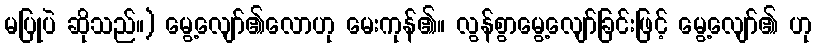
မပြုပဲ ဆိုသည်။) မွေ့လျော်၏လောဟု မေးကုန်၏။ လွန်စွာမွေ့လျော်ခြင်းဖြင့် မွေ့လျော်၏ ဟု